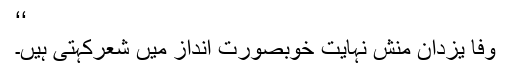
‘‘
وفا یزدان منش نہایت خوبصورت انداز میں شعرکہتی ہیں۔